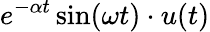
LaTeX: e^{-\alpha t}\sin(\omega t)\cdot u(t)